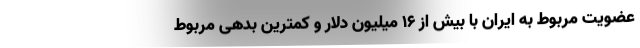
عضویت مربوط به ایران با بیش از 16 میلیون دلار و کمترین بدهی مربوط